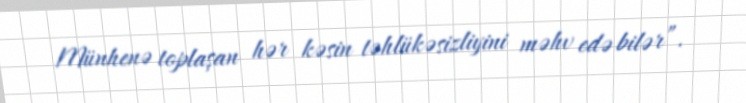
Münhenə toplaşan hər kəsin təhlükəsizliyini məhv edə bilər”.